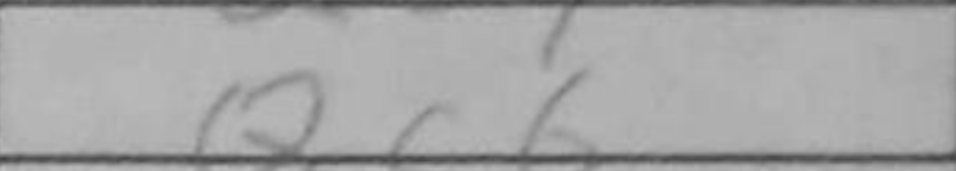
Transcription: Qc6